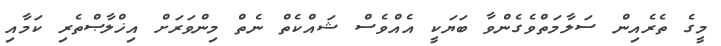
މީގެ ތެރެއިން ސަލާމަތްވެގެންވާ ބަޔަކީ އެއްވެސް ޝައްކެތް ނެތް މިންވަރަށް އިޚްލާޞްތެރި ކަމާއި